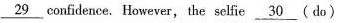
\underline {29} confidence. However, the selfie \underline {30} (do)